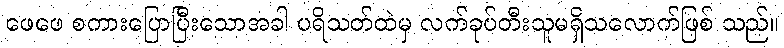
ဖေဖေ စကားပြောပြီးသောအခါ ပရိသတ်ထဲမှ လက်ခုပ်တီးသူမရှိသလောက်ဖြစ် သည်။